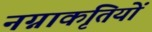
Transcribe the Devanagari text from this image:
नग्नाकृतियों